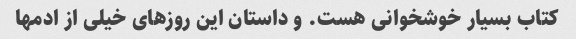
کتاب بسیار خوشخوانی هست. و داستان این روزهای خیلی از ادمها